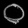
Digit: ၀